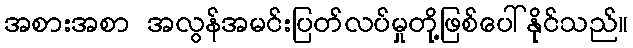
အစားအစာ အလွန်အမင်းပြတ်လပ်မှုတို့ဖြစ်ပေါ်နိုင်သည်။